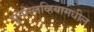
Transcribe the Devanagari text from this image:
युगोस्लव्हियामधील